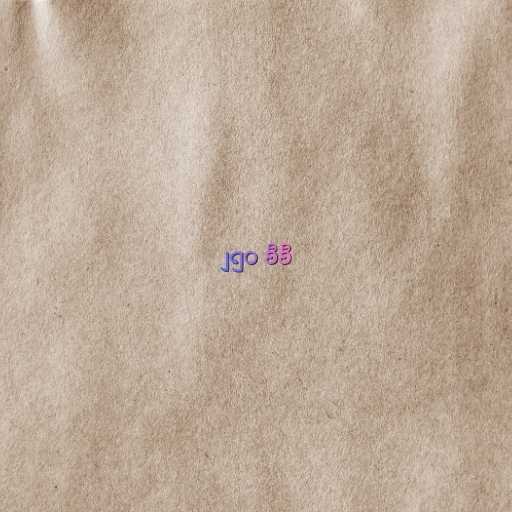
၂၅၀ စီစီ